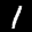
Label: 1